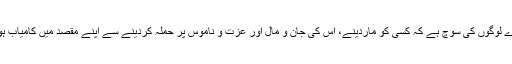
یہ پست فطرت اور گندے لوگوں کی سوچ ہے کہ کسی کو ماردینے، اس کی جان و مال اور عزت و ناموس پر حملہ کردینے سے اپنے مقصد میں کامیاب ہوجائیں گے، ہرگز نہیں!